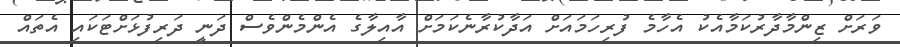
ވަރަށް ޒިންމާދާރުކަމާއެކު އެހާމެ ފުރިހަމައަށް އަދާކުރާނެކަމަށް އާއިލާގެ އެންމެންވެސް ދަނީ ދަރިފުޅަށްޓަކައި އެތައް